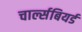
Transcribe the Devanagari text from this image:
चार्ल्सबियर्ड